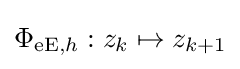
\Phi _{{\mathrm {eE} },h}:z_{k}\mapsto z_{k+1}